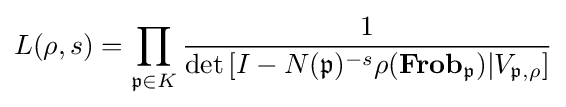
L(\rho ,s)=\prod _{{\mathfrak {p}}\in K}{\frac {1}{\det \left[I-N({\mathfrak {p}})^{-s}\rho (\mathbf {Frob} _{\mathfrak {p}}){|V_{{\mathfrak {p}},\rho }}\right]}}